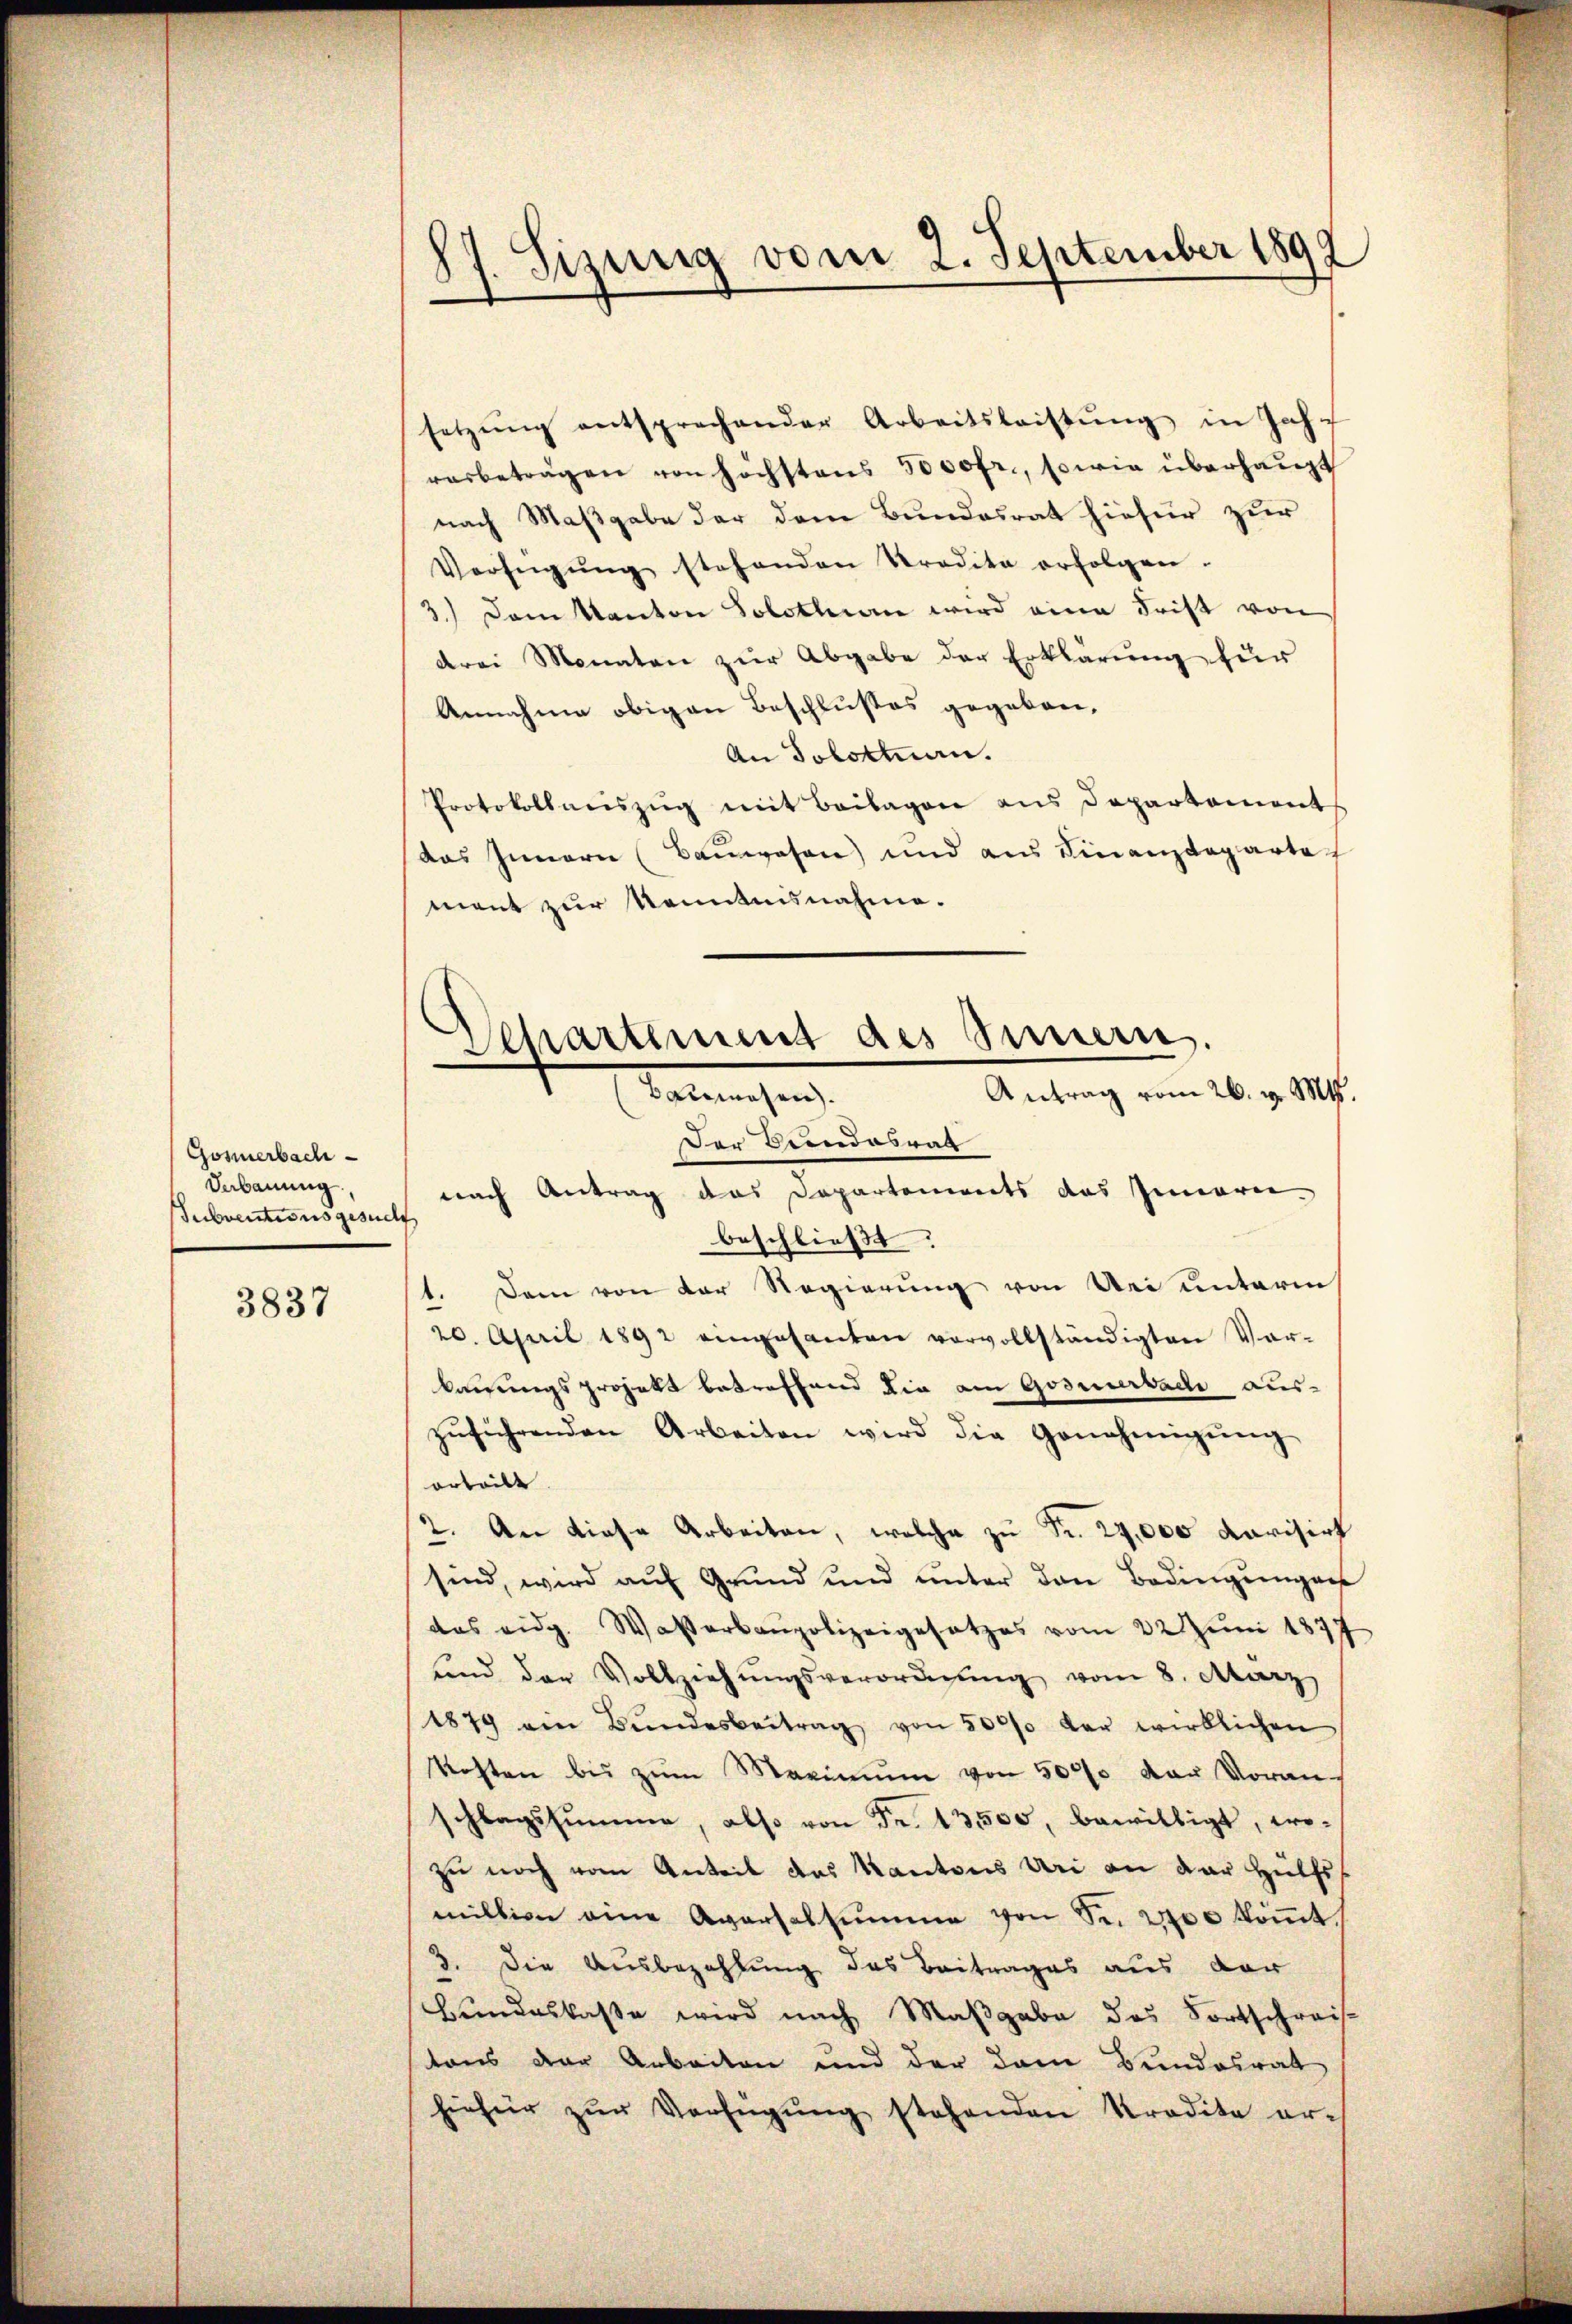
Gosmerbach
Vebauung,
Subventionsgesuch

3837

87. Sizung vom 2. September 1892

Departement des Innern
¬
Antrag vom 26. v. Mts.
Bauwesen.

setzŭng entsprechender Arbeitsleistŭng in Jahrasbetragen von höchstens 5000fr., sowie überhaupt
nach Maßgabe der dem Bundesrat hiefür zur
Verfügŭng stehenden Kredita erfolgen.
3.) Dem Kanton Solothurn wird eine Frist von
drei Monaten zur Abgabe der Erklärung für
Annahme obigen Beschlußes gegeben,
An Solotten.
Protokollanszŭg mit Beilagen ans Departement
das Innern (Bauwesen) und aus Finanzdeparte
ment zur Kenntnisnahme.
Der Beendesrat
nach Antrag das Departenirets das Innern.
beschließt:
1. Dem von der Regierung von Bei unterm
20. April 1892 eingesanten vervollständigten Vor-
kanungsprojekt betreffend die am Goseuerbade aus-
zŭführenden Arbeiten wird die Genehmigŭng
orteilt
2. An diese Arbeiten, welche zu Fr. 27,000 Kavisirt
sind, wird aŭf Grŭnd und ŭnter den Bedingŭngen
das eidg. Wasserbaupolizeigesetzes vom 22 Juni 1877
sind der Vollziehŭngsverordnŭng vom 8. März
1879 ein Bŭndesbeitrag von 5000 der wirklichen
Kosten bis zŭm Maximŭm von 5000 der Voran-
schlagssumme, also von Fr. 13500, bewilligt, wo-
zu noch vom Anteil des Kantons Uri an der Hülfsmillion eine Aversalsumme von Sr. 2700 koṁt
8. Die Ausbezahlung des Beitrages aus der
Bundeskasse wird nach Maßgabe des Fortschreis-
tons der Arbeiten und der dem Bundesrat
hiefür zŭr Verfügŭng stehenden Kredite er¬